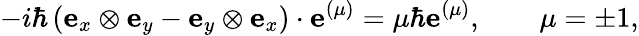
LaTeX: -i\hbar\left(\mathbf{e}_{x}\otimes\mathbf{e}_{y}-\mathbf{e}_{y}\otimes\mathbf{e}_{x}\right)\cdot\mathbf{e}^{(\mu)}=\mu\hbar\mathbf{e}^{(\mu)},\qquad\mu=\pm 1,